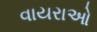
વાયરાઓ